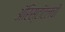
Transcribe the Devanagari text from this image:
अॅरिस्टॉटलची